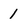
Character: 1